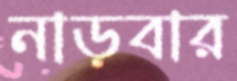
নাড়বার